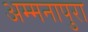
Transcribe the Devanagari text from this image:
अम्मनापुरा